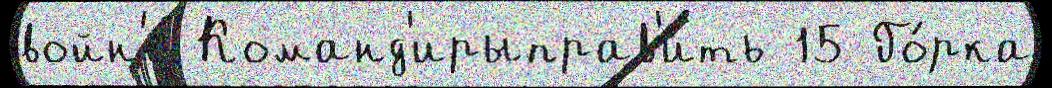
войн'е́ Команд'ирыправ'ить 15 Го́рка